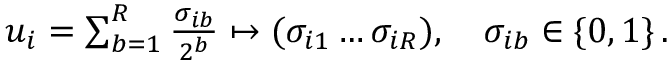
\begin{array} { r } { u _ { i } = \sum _ { b = 1 } ^ { R } \frac { \sigma _ { i b } } { 2 ^ { b } } \mapsto ( \sigma _ { i 1 } \dots \sigma _ { i R } ) , \quad \sigma _ { i b } \in \{ 0 , 1 \} \, . } \end{array}